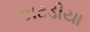
કાટડીયા